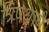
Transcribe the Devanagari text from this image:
त्रिपथायै